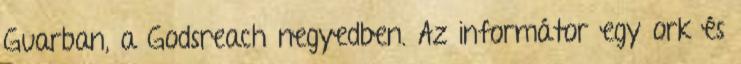
Guarban, a Godsreach negyedben. Az informátor egy ork és